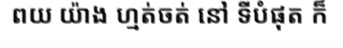
ពយ យ៉ាង ហ្មត់ចត់ នៅ ទីបំផុត ក៏